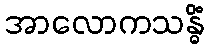
အာလောကသန္ဓိံ